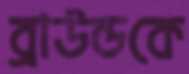
ব্রাউন্ডকে